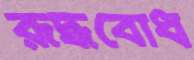
রূদ্ধবোধ